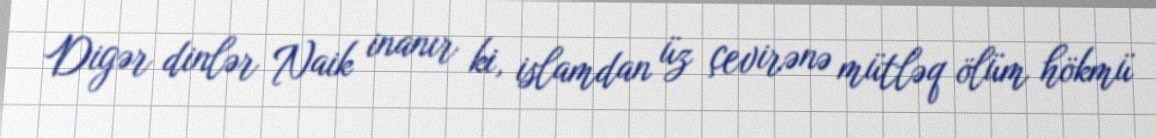
Digər dinlər Naik inanır ki, islamdan üz çevirənə mütləq ölüm hökmü